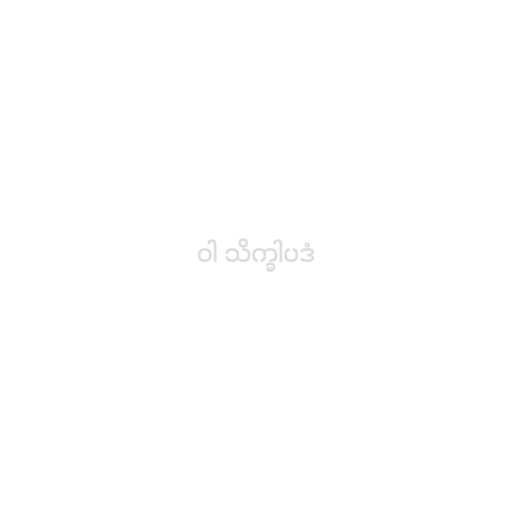
ဝါ သိက္ခါပဒံ